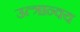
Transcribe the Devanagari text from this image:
उत्त्रान्वय